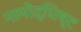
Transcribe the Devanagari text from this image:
नामोद्धिष्ट